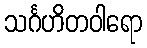
သင်္ဂဟိတဝါရော